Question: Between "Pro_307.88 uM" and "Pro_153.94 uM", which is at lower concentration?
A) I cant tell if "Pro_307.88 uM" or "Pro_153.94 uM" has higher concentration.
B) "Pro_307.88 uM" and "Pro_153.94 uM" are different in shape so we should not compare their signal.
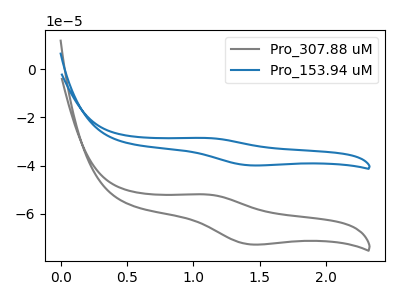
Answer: <think>The gray curve "Pro_307.88 uM" has an anodic peak at (1.10V, -52.05uA) and a cathodic peak at (1.45V, -72.85uA). The blue curve "Pro_153.94 uM" has an anodic peak at (1.10V, -28.55uA) and a cathodic peak at (1.45V, -39.95uA).
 All the peaks in "Pro_307.88 uM" have a peak in "Pro_153.94 uM" at the same potential.</think>
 <answer>A) I cant tell if "Pro_307.88 uM" or "Pro_153.94 uM" has higher concentration.</answer>
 <eval>A</eval>